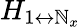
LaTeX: H_{1\leftrightarrow\mathbb{N}_{x}}